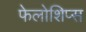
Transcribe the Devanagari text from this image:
फेलोशिप्स